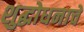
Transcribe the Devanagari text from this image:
शुद्धोधनाचे